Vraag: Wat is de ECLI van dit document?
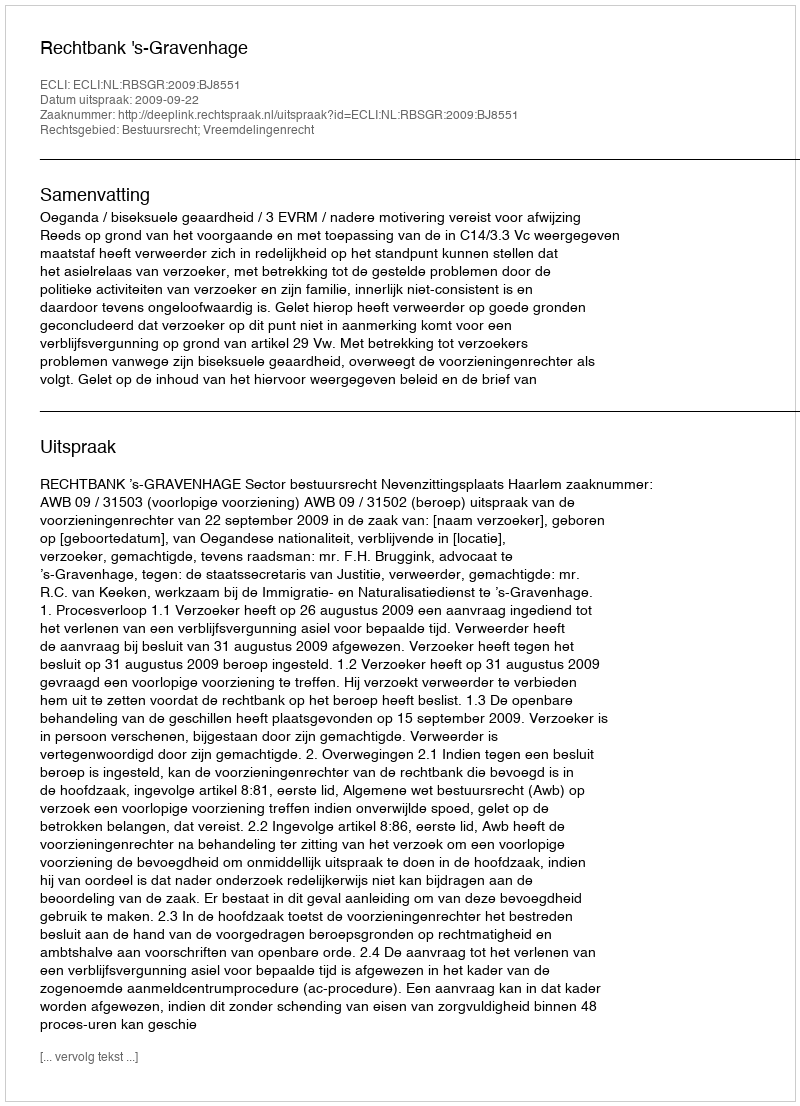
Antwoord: ECLI:NL:RBSGR:2009:BJ8551